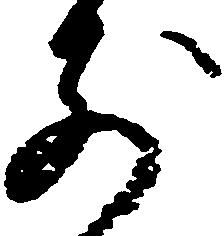
前